Vaccination in Burma 1889-1999 - 1889-1999
Year: 1889
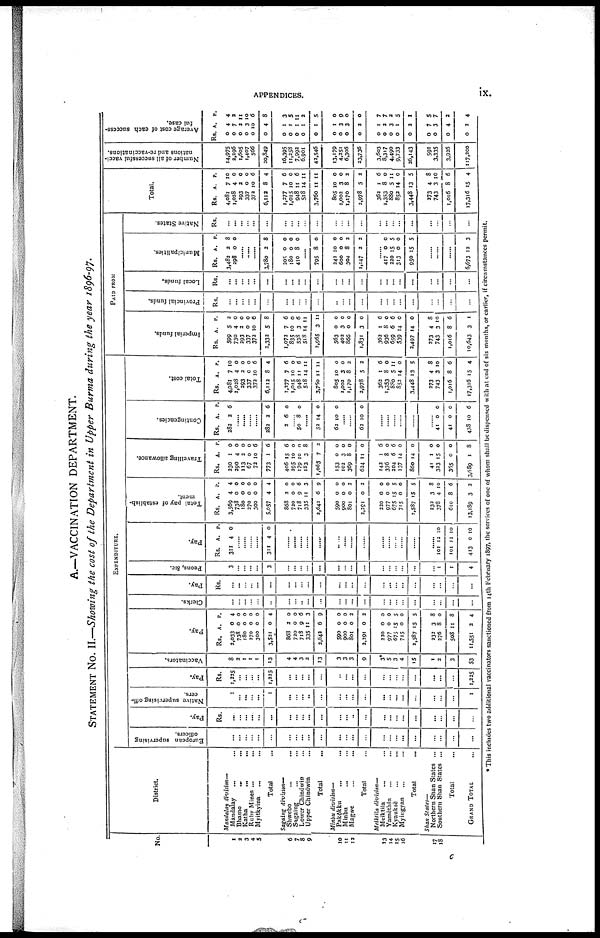
APPENDICES.
ix.
A.—VACCINATION DEPARTMENT.
STATEMENT No. II.—Showing the cost of the Department in Upper Burma during the year 1896-97.
No.
1
3
3
4
5
6
7
8
9
10
11
12
13
14
15
16
17
18
District
Mandalay division—
Mandalay ... ...
Bhamo
... ...
Katha ... ...
Ruby Mines ... ...
Myitkyina ... ...
Total ...
Sagaing division—
Shwebo ... ...
Sagaing ... ...
Lower Chindwin ...
Upper Chindwin
Total ...
Minbu division—
Pakôkku ... ...
Minbu ... ...
Magwe
Total ...
Meiklila division—
Meiktila ... ...
Yamèthin ... ...
Kyauksè ... ...
Myingyan ... ...
Total ...
Shan States—
Northern Shan States ...
Southern Shan States ...
Total ...
GRAND TOTAL ...
EXPENDITURE.
European supervising
officers.
...
...
...
...
...
...
...
...
...
...
...
...
...
...
...
...
...
...
...
...
...
...
...
...
Pay.
Rs.
...
...
...
...
...
...
...
...
...
...
...
...
...
...
...
...
...
...
...
...
...
...
...
...
Native supervising offi-
cers.
1
...
...
...
...
1
...
...
...
...
...
...
...
...
...
...
...
...
...
...
...
...
...
1
Pay.
Rs.
1,225
...
...
...
...
1,225
...
...
...
...
...
...
...
...
...
...
...
...
...
...
...
...
...
1,225
Vaccinators.
8
2
1
1
1
13
4
4
3
2
13
3
3
3
9
3*
5
3
4
15
1
2
3
53
Pay.
Rs.
2,033
738
180
270
300
3,521
868
720
718
335
2,642
590
900
801
2,291
220
977
675
715
2,587
A.
0
0
0
0
0
0
2
0
9
11
6
0
0
0
0
0
0
15
0
15
P.
4
0
0
0
0
4
0
0
6
3
9
0
0
2
2
0
0
5
0
5
232
276
508
11,551
3
8
11
2
8
0
8
4
Clerks.
...
...
...
...
...
...
...
...
...
...
...
...
...
...
...
...
...
...
...
...
...
...
...
...
Pay.
Rs.
... ...
...
...
...
...
...
...
...
...
...
...
...
...
...
...
...
...
...
...
...
...
...
...
Peons, &c.
3
...
...
...
...
3
...
...
...
...
...
...
...
...
...
...
...
...
...
...
......
1
1
4
Pay.
Rs. A P.
311 4 0
......
......
......
......
311 4 0
......
......
......
......
......
...
...
...
......
......
......
...
......
......
......
101
101
413
12
12
0
10
10
10
Total payof case
ment.
Rs.
3,569
738
180
270
300
5,057
868
720
718
335
2,642
590
900
801
2,291
220
977
675
715
2,587
232
378
610
13,189
A.
4
0
0
0
0
4
2
0
9
11
6
0
0
0
0
0
0
15
0
15
3
4
8
3
P.
4
0
0
0
0
4
0
0
6
3
9
0
0
2
2
0
0
5
0
5
8
10
6
2
Travelling allowance.
Rs.
230
290
113
67
72
773
406
295
179
183
1,065
153
102
369
624
142
376
204
137
860
41
323
365
3,689
A.
1
4
2
0
10
1
15
10
10
3
7
0
3
8
11
1
8
6
14
14
1
15
0
1
P.
0
0
0
0
6
6
6
0
0
8
2
0
0
0
0
6
0
6
0
0
0
0
0
8
Contingencies.
Rs. A. P.
282 2 6
......
......
......
......
282 2 6
2 6 0
...... 50 8 0
......
52
62
14
10
0
0
......
......
62 10 0
......
......
......
......
......
......
41
41
423
0
0
10
0
0
6
Total cost.
Rs.
4,081
1,028
293
337
372
6,112
1,277
1,015
948
518
3,760
805
1,002
1,170
2,978
362
1,353
880
853
3,448
273
743
1,016
17,316
A.
7
4
2
0
10
8
7
10
11
14
11
10
3
8
5
1
8
5
14
13
4
3
8
15
P.
10
0
0
0
6
4
6
0
6
11
11
0
0
2
2
6
0
11
0
5
8
10
6
4
PAID FROM
Imperial funds.
Rs.
599
730
293
337
373
2,332
1,072
835
538
518
2,965
563
402
866
1,831
362
936
659
539
3,497
273
743
1,016
10,643
A.
5
4
2
0
10
5
7
10
3
14
3
0
3
0
3
1
8
6
14
14
4
3
8
3
P.
2
0
0
0
6
8
6
0
6
11
11
0
0
0
0
6
0
6
0
0
8
10
6
1
Provincial funds.
Rs.
...
...
...
...
...
...
...
...
...
...
...
...
...
...
...
...
...
...
...
...
...
...
...
...
Local funds.
Rs.
...
...
...
...
...
...
...
...
...
...
...
...
...
...
...
...
...
...
...
...
...
...
...
...
Municipalities.
Rs.
3,482
298
A.
2
0
P.
8
0
......
......
......
3,78o
205
180
410
2
0
0
8
8
0
0
0
......
795
242
600
304
1,147
8
10
0
8
2
0
0
0
2
2
...... 417
220
313
950
0
15
0
15
0
5
0
5
......
......
......
6,673 12 3
Native States.
Rs.
...
...
...
...
...
...
...
...
...
...
...
...
...
...
...
...
...
...
...
...
...
...
...
...
Total.
Rs.
4,081
1,028
293
337
372
6,112
1,277
1,015
948
518
3,760
805
1,002
1,170
2,978
362
1,353
880
852
3,448
373
743
1,016
17,316
A.
7
4
2
0
10
8
7
10
11
14
11
10
3
8
5
1
8
5
14
13
4
3
8
15
P.
10
0
0
0
6
4
6
0
6
11
11
0
0
2
2
6
0
11
0
5
8
10
6
4
Number of all successful vacci-
nations and re-vaccinations.
14,975
2,296
1,605
1,407
566
20,849
16,395
11,258
7,992
6,901
42,546
13,179
4,251
6,306
23,736
3,603
8,317
4,490
9,733
26,143
591
3,335
3,926
117,200
Average cost of each success-
ful case.
Rs.
0
0
0
0
0
0
0
0
0
0
0
0
0
0
0
0
0
0
0
0
0
0
0
0
A.
4
7
2
3
10
4
1
1
1
1
1
1
3
3
2
1
2
3
1
2
7
3
4
2
P.
4
2
11
10
6
8
3
5
11
2
5
0
9
0
0
7
7
2
5
1
5
7
2
4
* This includes two additional vaccinators sanctioned from 14th February 1897, the services of one of whom shall be dispensed with at end of six months, or earlier, if circumstances permit.
c